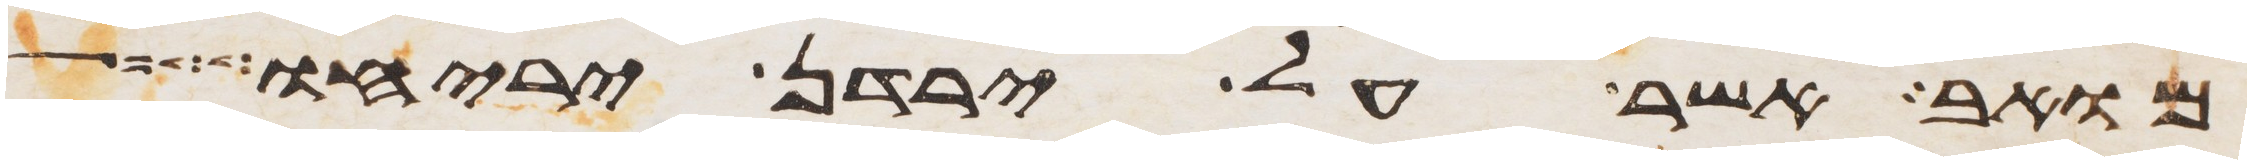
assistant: מואב אשר על ירדן יריחו